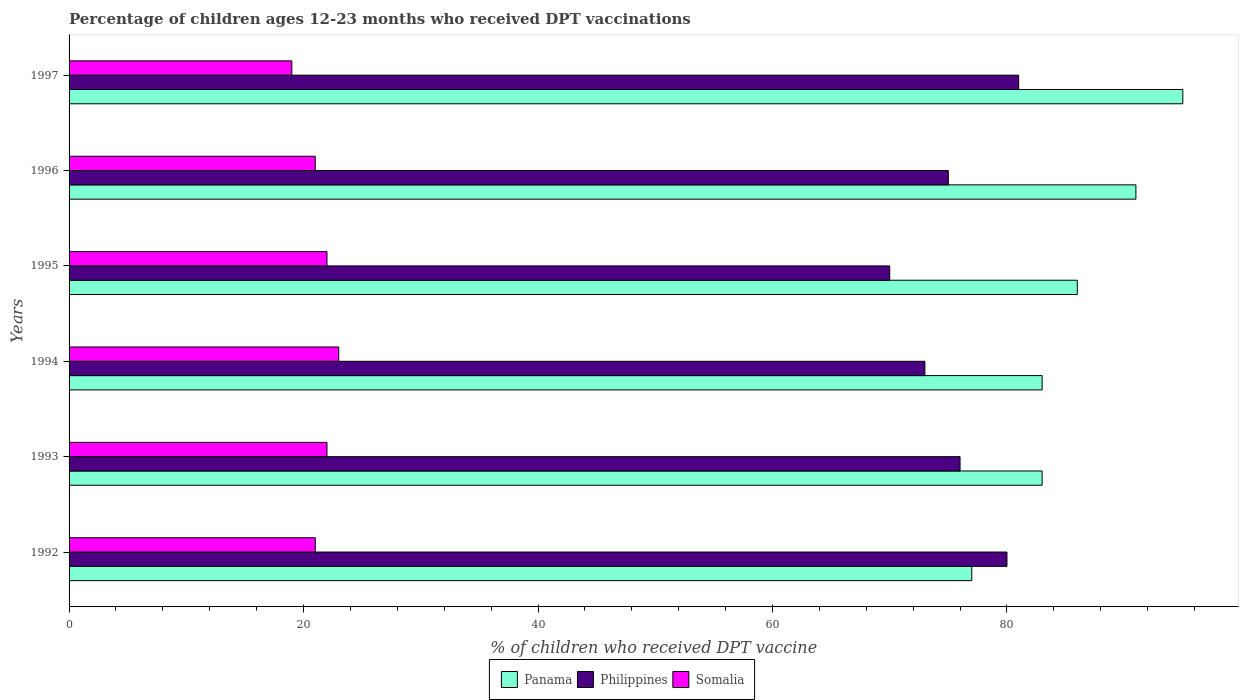
| Years | Panama | Philippines | Somalia |
 | --- | --- | --- | --- |
 | 1992 | 77 | 80 | 21 |
 | 1993 | 83 | 76 | 22 |
 | 1994 | 83 | 73 | 23 |
 | 1995 | 86 | 70 | 22 |
 | 1996 | 91 | 75 | 21 |
 | 1997 | 95 | 81 | 19 |